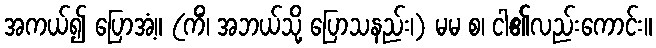
အကယ်၍ ပြောအံ့။ (ကိံ၊ အဘယ်သို့ ပြောသနည်း၊) မမ စ၊ ငါ၏လည်းကောင်း။